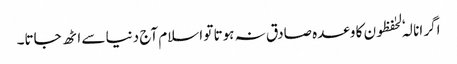
اگر انا لہٗ لحٰفظون کا وعدہ صادق نہ ہوتا تو اسلام آج دنیا سے اٹھ جاتا۔